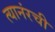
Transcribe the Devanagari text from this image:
त्यानंरची